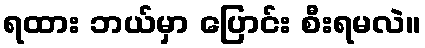
ရထား ဘယ်မှာ ပြောင်း စီးရမလဲ။